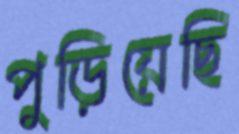
পুড়িয়েছি